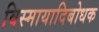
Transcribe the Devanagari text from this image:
विस्मायादिबोधक